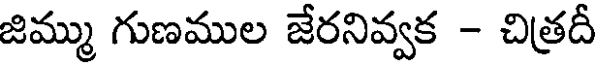
జిమ్ము గుణముల జేరనివ్వక - చిత్రదీ